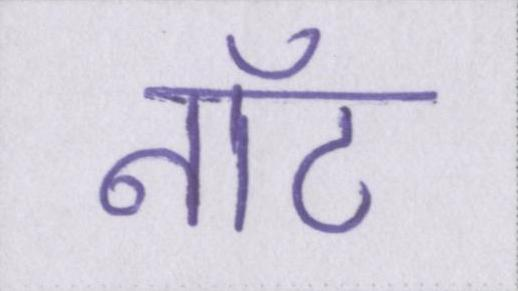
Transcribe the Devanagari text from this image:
नॉट